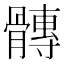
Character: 𮪴